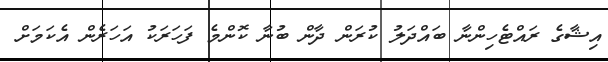
އިޝާގެ ރައްޓެހިންނާ ބައްދަލު ކުރަން ދާން ބުނާ ކޮންމެ ފަހަރަކު އަހަރެން އެކަމަށް